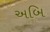
અબિ